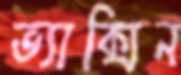
ভ্যাক্সিন